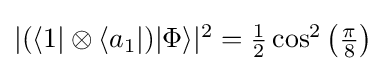
{\textstyle |(\langle 1|\otimes \langle a_{1}|)|\Phi \rangle |^{2}={\frac {1}{2}}\cos ^{2}\left({\frac {\pi }{8}}\right)}